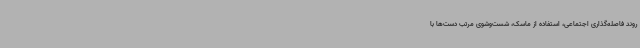
روند فاصله‌گذاری اجتماعی، استفاده از ماسک، شست‌وشوی مرتب دست‌ها با